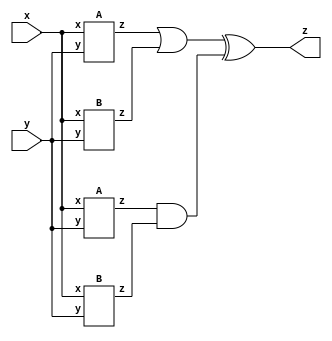
module top_module (
    input x,
    input y,
    output z
);

wire [3:0] zm;
A A1 (x, y, zm[0]);
B B1 (x, y, zm[1]);
A A2 (x, y, zm[2]);
B B2 (x, y, zm[3]);
assign z = (zm[0] | zm[1]) ^ (zm[2] & zm[3]);

endmodule

module A (
    input x,
    input y,
    output z
);
assign z = (x ^ y) & x;
endmodule

module B (
    input x,
    input y,
    output z
);
assign z = ~(x ^ y);
endmodule